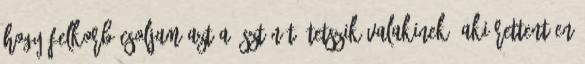
hogy felkorbácsoljam azt a ösztönét, tetszik valakinek, aki rettentően